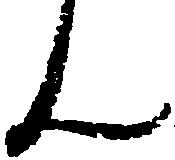
ん